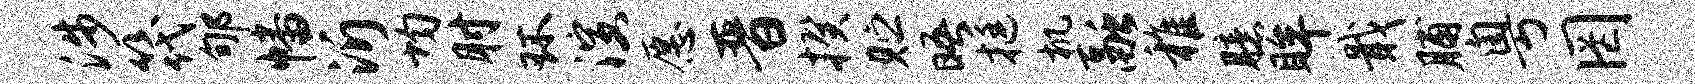
涉筏郇幡沂均肘环演愿晋揆贮晤挺机融稚臆眸戢脯粤罔